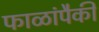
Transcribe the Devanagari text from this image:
फाळांपैकी